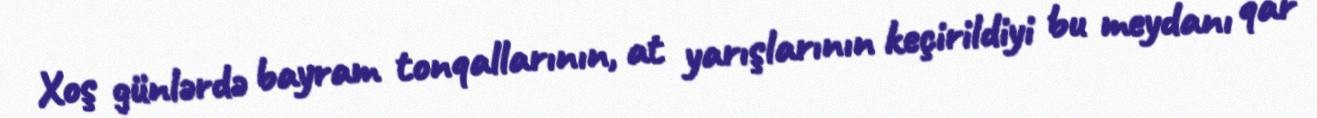
Xoş günlərdə bayram tonqallarının, at yarışlarının keçirildiyi bu meydanı qar